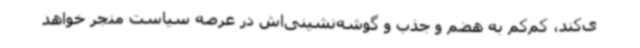
ی‌کند، کم‌کم به هضم و جذب و گوشه‌نشینی‌اش در عرصه سیاست منجر خواهد